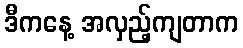
ဒီကနေ့ အလှည့်ကျတာက